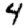
Digit: 4